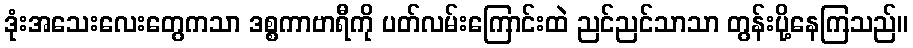
ဒုံးအသေးလေးတွေကသာ ဒစ္စကာဗာရီကို ပတ်လမ်းကြောင်းထဲ ညင်ညင်သာသာ တွန်းပို့နေကြသည်။